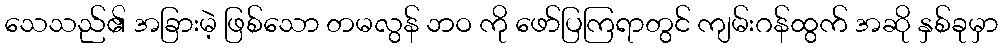
သေသည်၏ အခြားမဲ့ ဖြစ်သော တမလွန် ဘဝ ကို ဖော်ပြကြရာတွင် ကျမ်းဂန်ထွက် အဆို နှစ်ခုမှာ